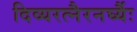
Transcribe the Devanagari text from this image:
दिव्यरत्नैरनर्घ्यैः